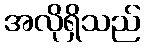
အလိုရှိသည်